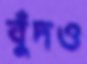
বুঁদও